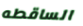
الساقطه